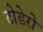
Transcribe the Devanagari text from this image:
टोडेरो